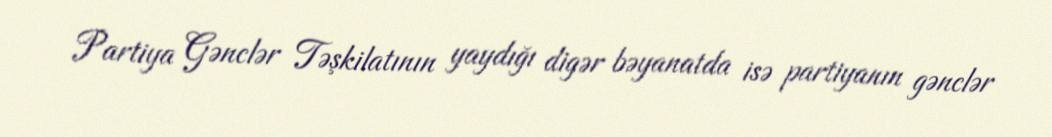
Partiya Gənclər Təşkilatının yaydığı digər bəyanatda isə partiyanın gənclər